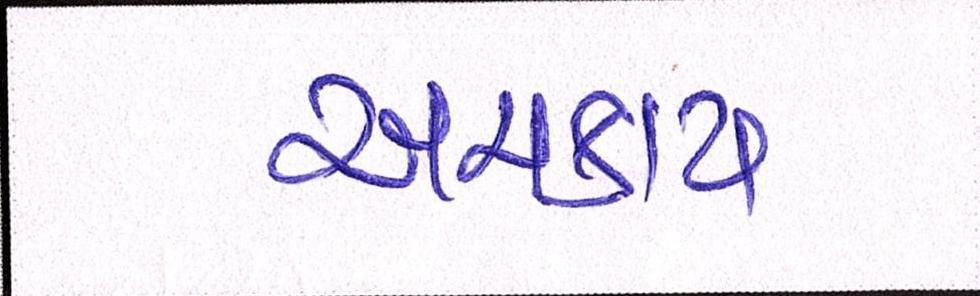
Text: અચકાય